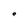
Character: e